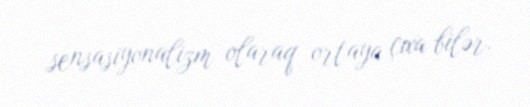
sensasiyonalizm olaraq ortaya çıxa bilər.